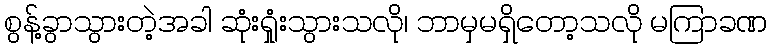
စွန့်ခွာသွားတဲ့အခါ ဆုံးရှုံးသွားသလို၊ ဘာမှမရှိတော့သလို မကြာခဏ